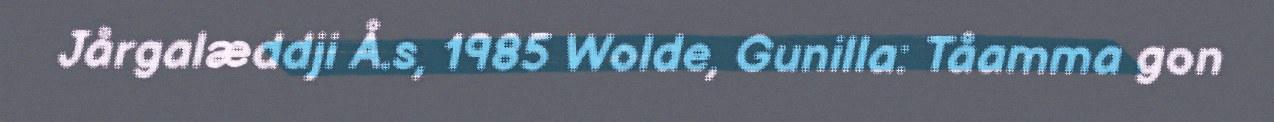
Jårgalæddji Å.s, 1985 Wolde, Gunilla: Tåamma gon